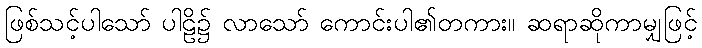
ဖြစ်သင့်ပါသော် ပါဠိ၌ လာသော် ကောင်းပါ၏တကား။ ဆရာဆိုကာမျှဖြင့်